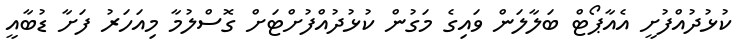
ކުޅުދުއްފުށީ އެއާޕޯޓް ބަލާލަން ވައިގެ މަގުން ކުޅުދުއްފުށްޓަށް ގޮސްލުމާ މިއަހަރު ފަށާ ޑުބާއީ